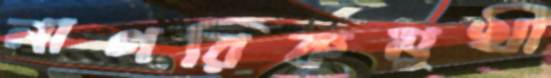
নাগরিকমুখী